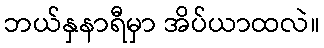
ဘယ်နှနာရီမှာ အိပ်ယာထလဲ။